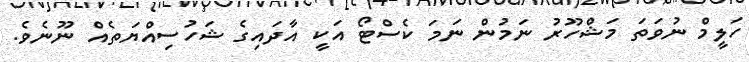
ހަލީމް ނުވަތަ މަޝްހޫރު ނަމުން ނަމަ ކެސްޓޯ އަކީ އާދައިގެ ޝަހުސިއްޔަތެއް ނޫނެވެ.